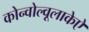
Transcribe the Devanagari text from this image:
कोन्वोल्वूलाकेऐ